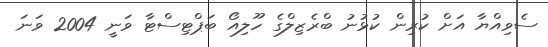
ސެވިއްޔާ އަށް ކުރިން ކުޅުނު ބްރެޒިލްގެ ހޫލިއޯ ބަޕްޓިސްޓާ ވަނީ 2004 ވަނަ